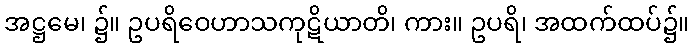
အဋ္ဌမေ၊ ၌။ ဥပရိဝေဟာသကုဋိယာတိ၊ ကား။ ဥပရိ၊ အထက်ထပ်၌။